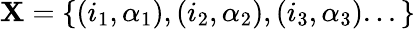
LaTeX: \mathbf{X}=\{ (i_{1},\alpha_{1}),(i_{2},\alpha_{2}),(i_{3},\alpha_{3})...\}